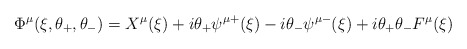
\begin{align*}\Phi ^{\mu }(\xi ,\theta _{+},\theta _{-})=X^{\mu }(\xi )+i\theta _{+}\psi^{\mu +}(\xi )-i\theta _{-}\psi ^{\mu -}(\xi )+i\theta _{+}\theta _{-}F^{\mu}(\xi )\end{align*}